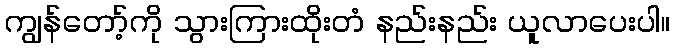
ကျွန်တော့်ကို သွားကြားထိုးတံ နည်းနည်း ယူလာပေးပါ။